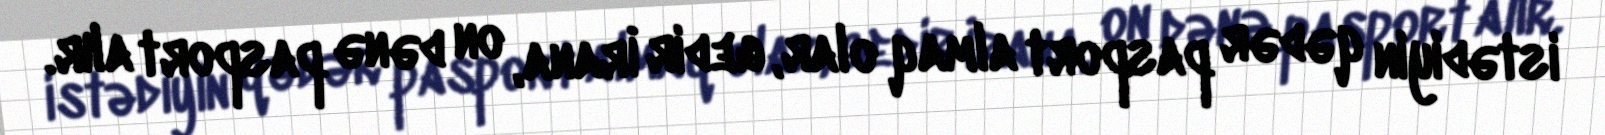
istədiyin qədər pasport almaq olar, gedir İrana, on dənə pasport alır.